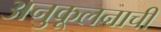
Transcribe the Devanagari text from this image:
अनुकूलनाची